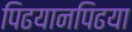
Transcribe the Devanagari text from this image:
पिढयानपिढया